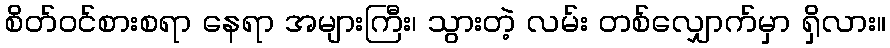
စိတ်ဝင်စားစရာ နေရာ အများကြီး၊ သွားတဲ့ လမ်း တစ်လျှောက်မှာ ရှိလား။